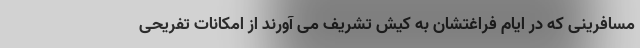
مسافرینی که در ایام فراغتشان به کیش تشریف می آورند از امکانات تفریحی